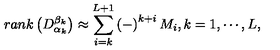
r a n k \left( D _ { \alpha _ { k } } ^ { \beta _ { k } } \right) \approx \sum _ { i = k } ^ { L + 1 } \left( - \right) ^ { k + i } M _ { i } , k = 1 , \cdots , L ,